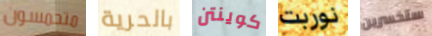
متحمسون بالحرية كوينتن نوربت ستخسرين